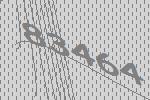
83464